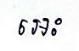
អេះ